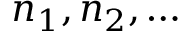
n _ { 1 } , n _ { 2 } , \ldots